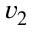
v _ { 2 }